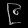
Digit: ၉